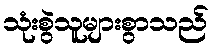
သုံးစွဲသူများစွာသည်